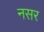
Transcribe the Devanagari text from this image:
नसर